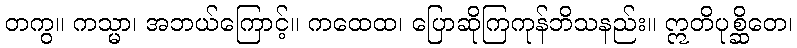
တကွ။ ကသ္မာ၊ အဘယ်ကြောင့်။ ကထေထ၊ ပြောဆိုကြကုန်ဘိသနည်း။ ဣတိပုစ္ဆိတေ၊